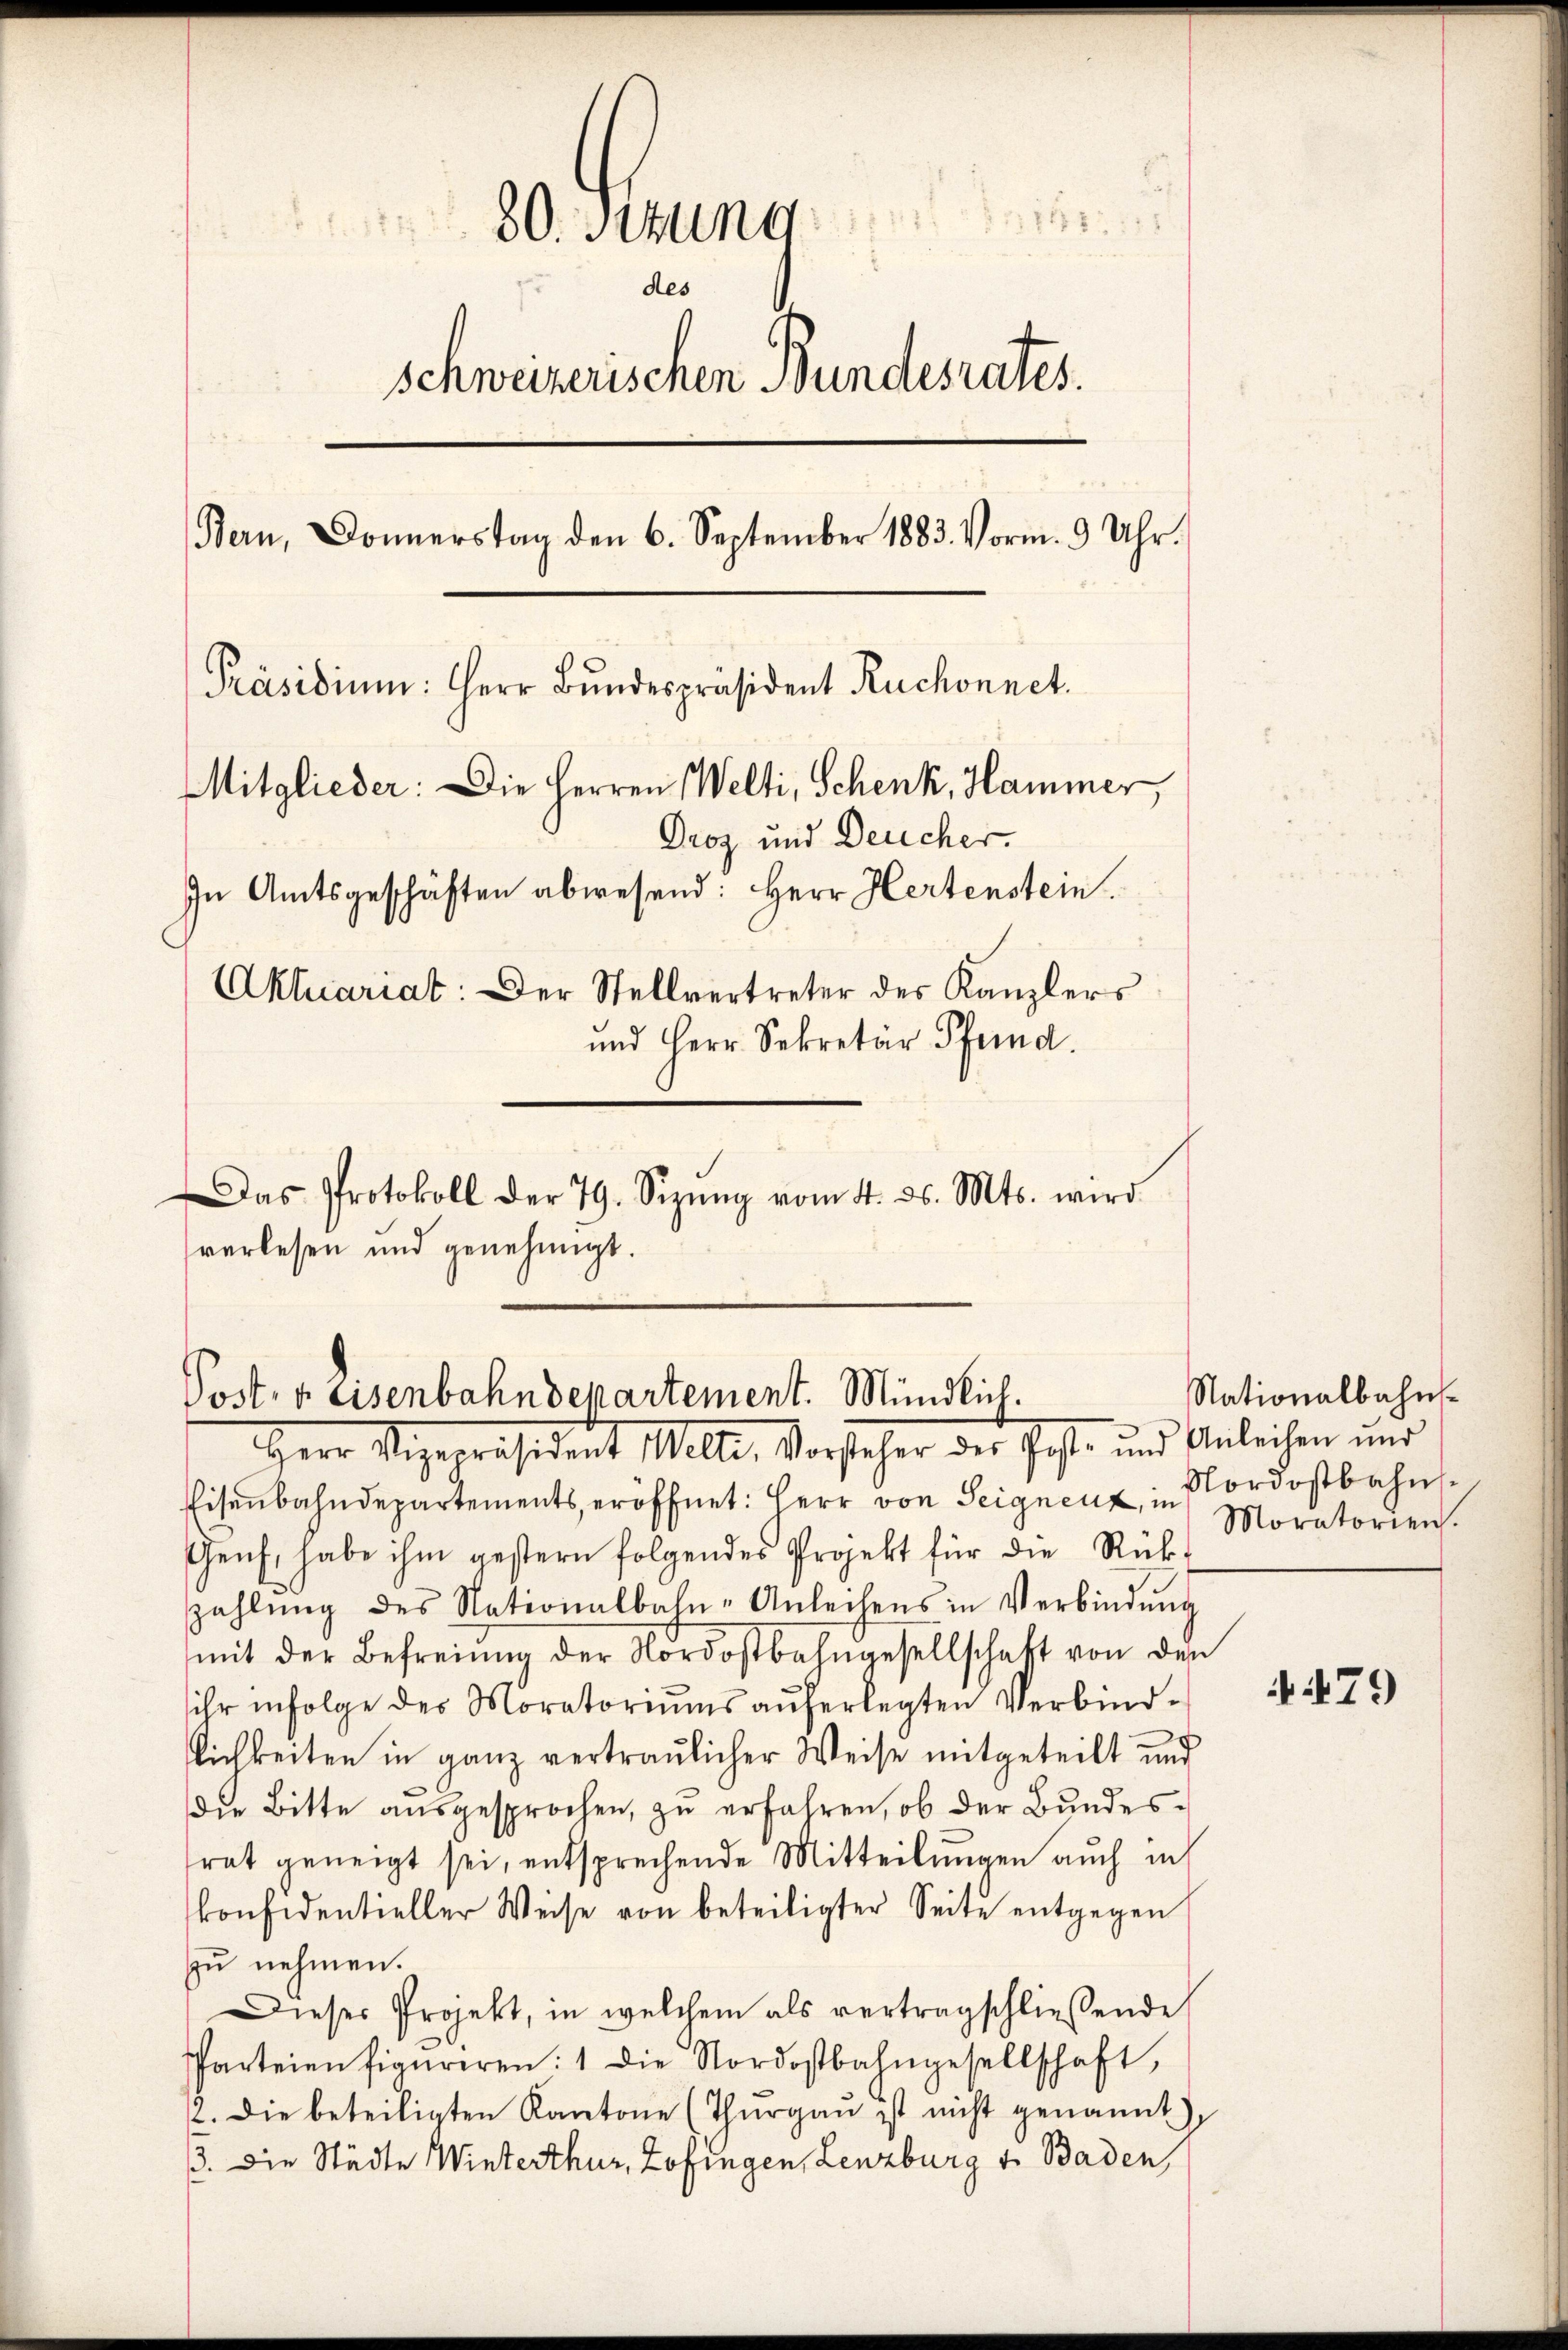
1111.
.
80. Sitzung
des
schweizerischen Bundesrates.
Bern, Donnerstag den 6. September 1883. Vorm. 9 Uhr.
[Präsidium: Herr Bundespräsident Ruchonnet.
Mitglieder: Die Herren Welti, Schenk, Hammer,
Droz und Deucher.
In Amtsgeschäften abwesend: Herr Hertenstein.
Aktuariat: Der Stellvertreter des Kanzlers
und Herr Sekretär Pferd.
Das Protokoll der 79. Sizŭng vom 4. ds. Mts. wird
verlesen und genehmigt.

Post. v. Lisenbahndepartement. Mündlich.

Herr Vizepräsident Welli, Vorsteher des Post- und Anleihen und
Eisenbahndepartements eröffnet: Herr von Seignen, in Nordostbahn
Genf, habe ihm gestern folgendes Projekt für die Rückzahlŭng des Nationalbahn-Anleihens in Verbindŭng
mit der Befreiung der Nordostbahngesellschaft von den
ihr infolge des Moratoriŭms aŭferlegten Verbindlichkeiten in ganz vertraulicher Weise mitgeteilt und
die Bitte aŭsgesprochen, zu erfahren, ob der Bundesfrat geneigt sei, entsprechende Mitteilungen auch in
konfidentieller Weise von beteiligter Seite entgegen
zu nehmen.
Dieses Projekt, in welchem als vertragschließende
Parteien figuriren: 1 die Nordostbahngesellschaft,
2. Die beteiligten Kantone (Thŭrgaŭ ist nicht genannt
3. Die Städte Winterthur, Zofingen, Lenzburg v. Baden,

Nationalbahns
Moratorien.

479